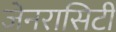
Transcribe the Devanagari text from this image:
जेनरासिटी